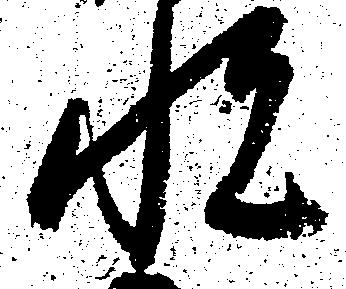
悦